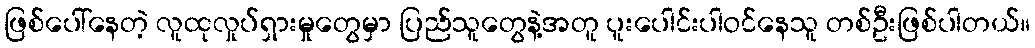
ဖြစ်ပေါ်နေတဲ့ လူထုလှုပ်ရှားမှုတွေမှာ ပြည်သူတွေနဲ့အတူ ပူးပေါင်းပါဝင်နေသူ တစ်ဦးဖြစ်ပါတယ်။